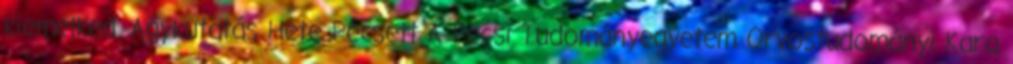
kiemelked. Agykutatás Hete Pécsett A Pécsi Tudományegyetem Orvostudományi Kara